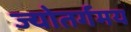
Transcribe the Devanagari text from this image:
ज्योतर्गमय